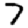
Digit: 7